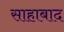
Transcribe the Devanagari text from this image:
साहाबाद